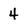
Character: 4